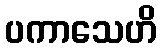
ပကာသေဟိ